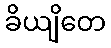
ခိယျိတေ